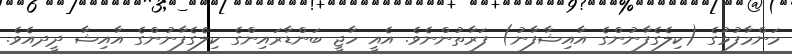
މަންމާފުޅުގެ (ކިލެގެފާނުންގެ އާއިޝާފާނު) ފަރާތުންނެވެ. އެއީ ހާޖީ ބަންޑާރައިންގެ ކިލެގެފާނުންގެ އާއިޝާ ދީދއެވެ.